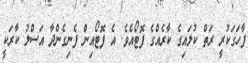
ފާހަގަކުރީ ރަތް ކުލައިގެ ކާރެއްގެ ފޮޓޯއެވެ. އެ ފޮޓޯއިން ފެނިގެންދާ އަސްލު ކާރަކީ